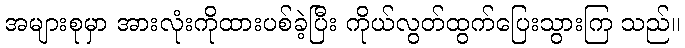
အများစုမှာ အားလုံးကိုထားပစ်ခဲ့ပြီး ကိုယ်လွတ်ထွက်ပြေးသွားကြ သည်။